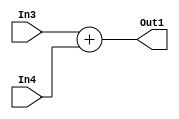
module ADD (Out1, In3, In4);


input wire [31:0] In3, In4;
output reg [31:0] Out1;

always @(In3 or In4)
Out1 = In3 + In4;
endmodule